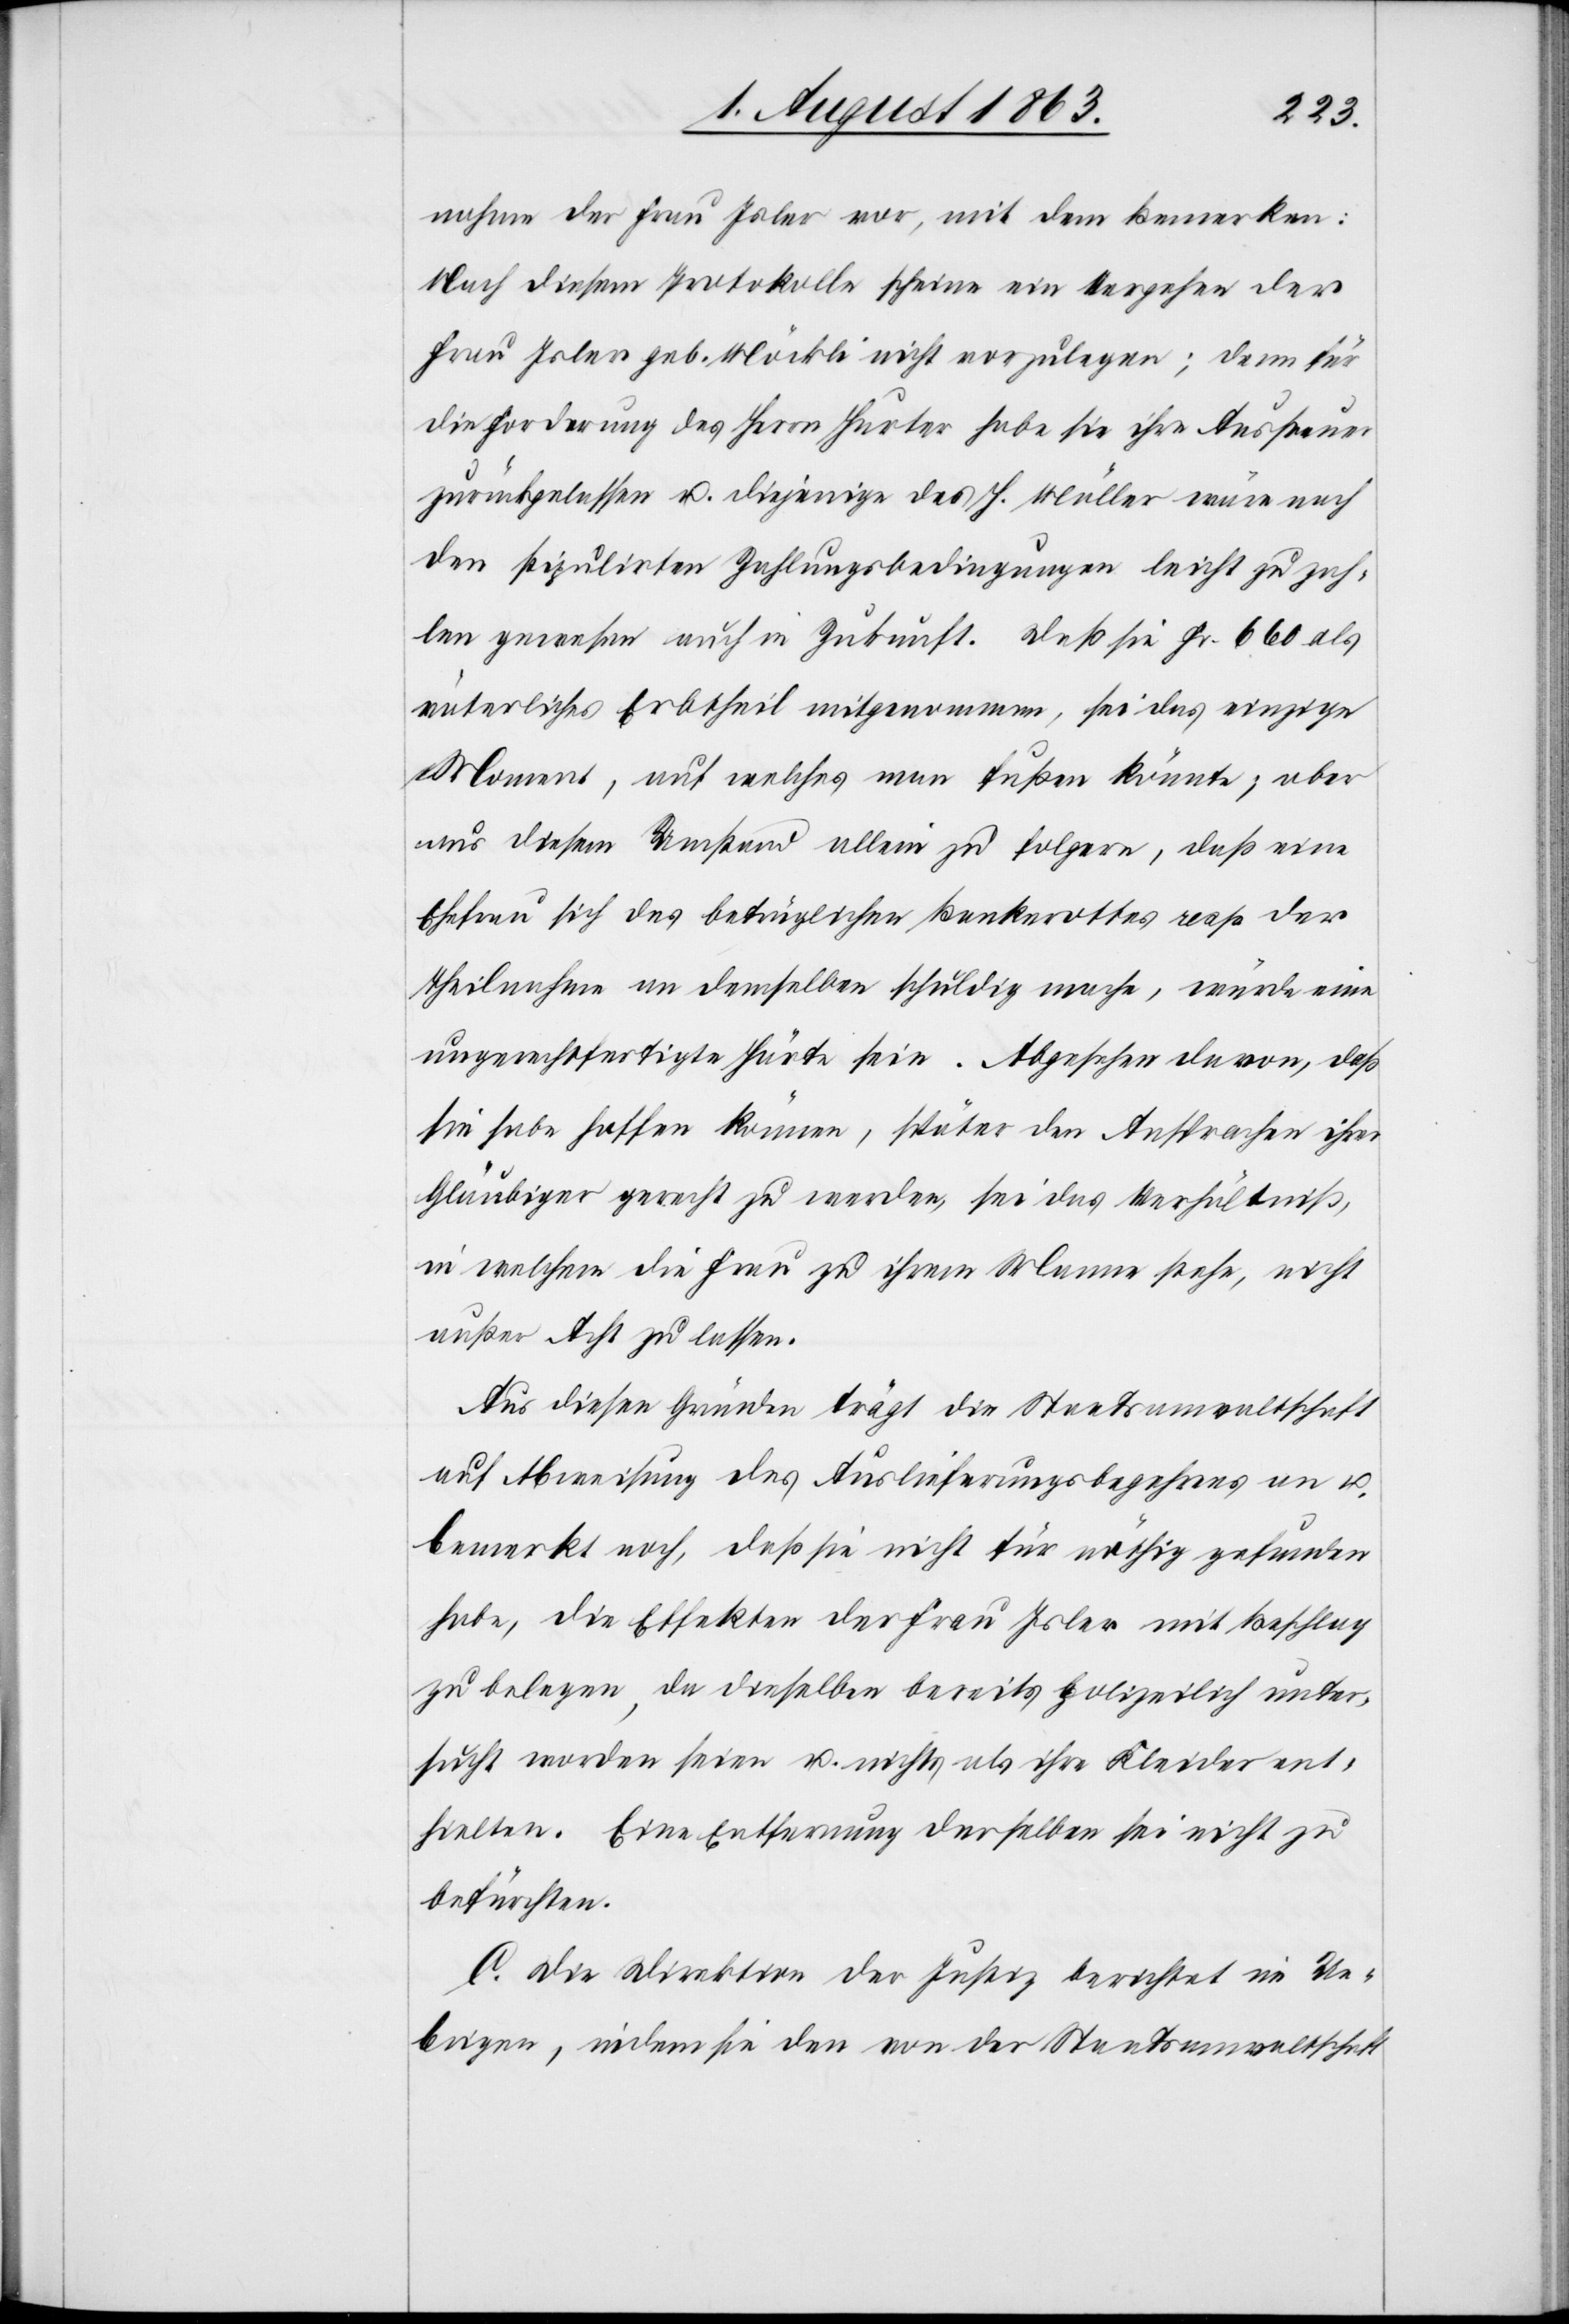
nahme der Frau Isler vor, mit dem Bemerken:
Nach diesem Protokolle scheine ein Vergehen der
Frau Isler geb. Möckli nicht vorzulegen; denn für
die Forderung des Herrn Hurter habe sie ihre Aussteuer
zurückgelassen u. diejenige des H. Müller wäre nach
den stipulirten Zahlungsbedingungen leicht zu zah¬
len gewesen auch in Zukunft. Daß sie Fr. 660 als
väterliches Erbtheil mitgenommen, sei das einzige
Moment, auf welches man fußen könnte; aber
aus diesem Umstand allein zu folgern, daß eine
Ehefrau sich des betrüglichen Bankerottes resp. der
Theilnahme an demselben schuldig mache, würde eine
ungerechtfertigte Härte sein. Abgesehen davon, daß
sie habe hoffen können, später den Ansprachen ihrer
Gläubiger gerecht zu werden, sei das Verhältniß,
in welchem die Frau zu ihrem Manne stehe, nicht
außer Acht zu lassen.
Aus diesen Gründen trägt die Staatsanwaltschaft
auf Abweisung des Auslieferungsbegehrens an u.
bemerkt noch, daß sie nicht für nöthig gefunden
habe, die Effekten der Frau Isler mit Beschlag
zu belegen, da dieselben bereits polizeilich unter¬
sucht worden seien u. nichts als ihre Kleider ent¬
hielten. Eine Entfernung derselben sei nicht zu
befürchten.
C. Die Direktion der Justiz berichtet im Ue¬
brigen, indem sie den von der Staatsanwaltschaft